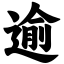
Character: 逾